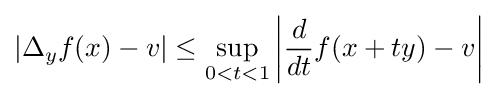
|\Delta _{y}f(x)-v|\leq \sup _{0<t<1}\left|{\frac {d}{dt}}f(x+ty)-v\right|